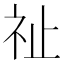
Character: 祉